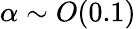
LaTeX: \alpha\sim O(0.1)